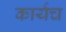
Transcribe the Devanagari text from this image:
कार्यच